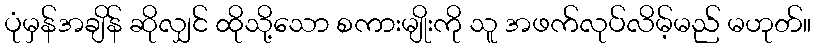
ပုံမှန်အချိန် ဆိုလျှင် ထိုသို့သော စကားမျိုးကို သူ အဖက်လုပ်လိမ့်မည် မဟုတ်။